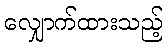
လျှောက်ထားသည့်